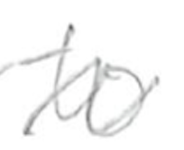
Text: to
Cross-out: wave
Writing tool: pencil